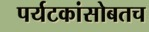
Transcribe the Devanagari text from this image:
पर्यटकांसोबतच